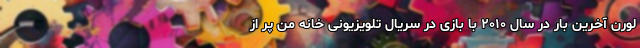
لورن آخرین بار در سال ۲۰۱۰ با بازی در سریال تلویزیونی خانه من پر از